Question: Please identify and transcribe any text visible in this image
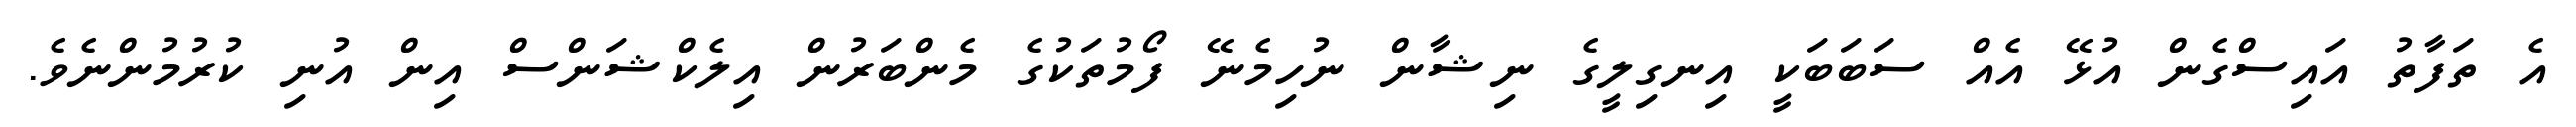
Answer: އެ ތަފާތު އައިސްގެން އުޅޭ އެއް ސަބަބަކީ އިނގިލީގެ ނިޝާން ނުހިމެނޭ ފޯމުތަކުގެ މެންބަރުން އިލެކްޝަންސް އިން އުނި ކުރުމުންނެވެ.